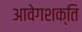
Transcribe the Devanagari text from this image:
आवेगशक्ति